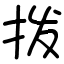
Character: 拨